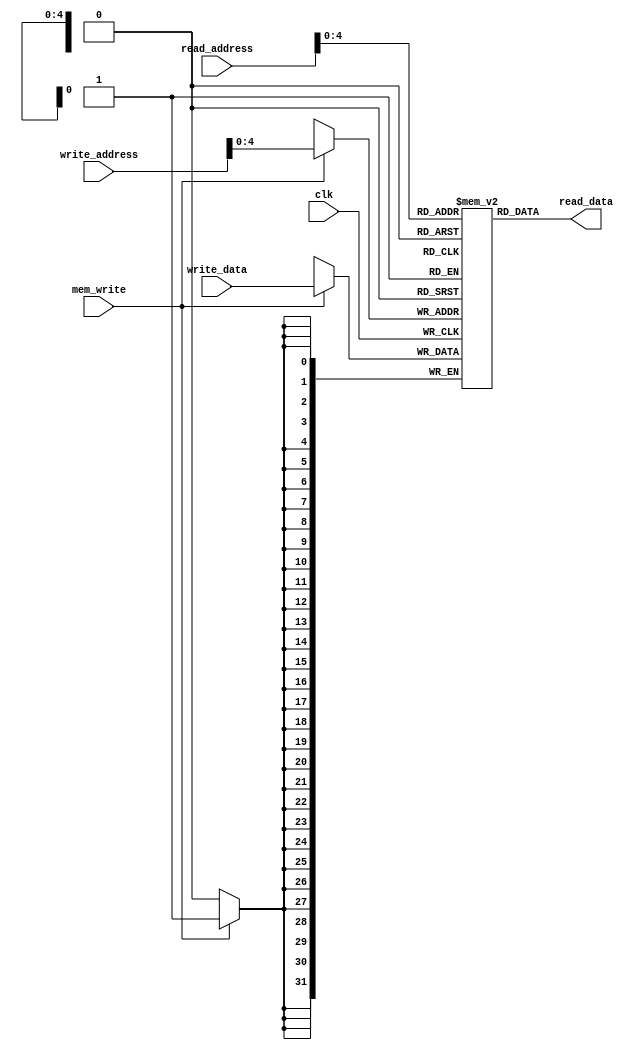
module data_mem (
    input clk,
    input [31:0] read_address,
    input [31:0] write_address,
    input [31:0] write_data,
    output [31:0] read_data,
    input mem_write
);
parameter propDelay=2;

reg [31:0] ram_mem [20:0];

assign #propDelay read_data =  ram_mem[read_address];

always @(posedge clk)
begin
    if(mem_write)
        ram_mem[write_address] <= write_data;
end


endmodule